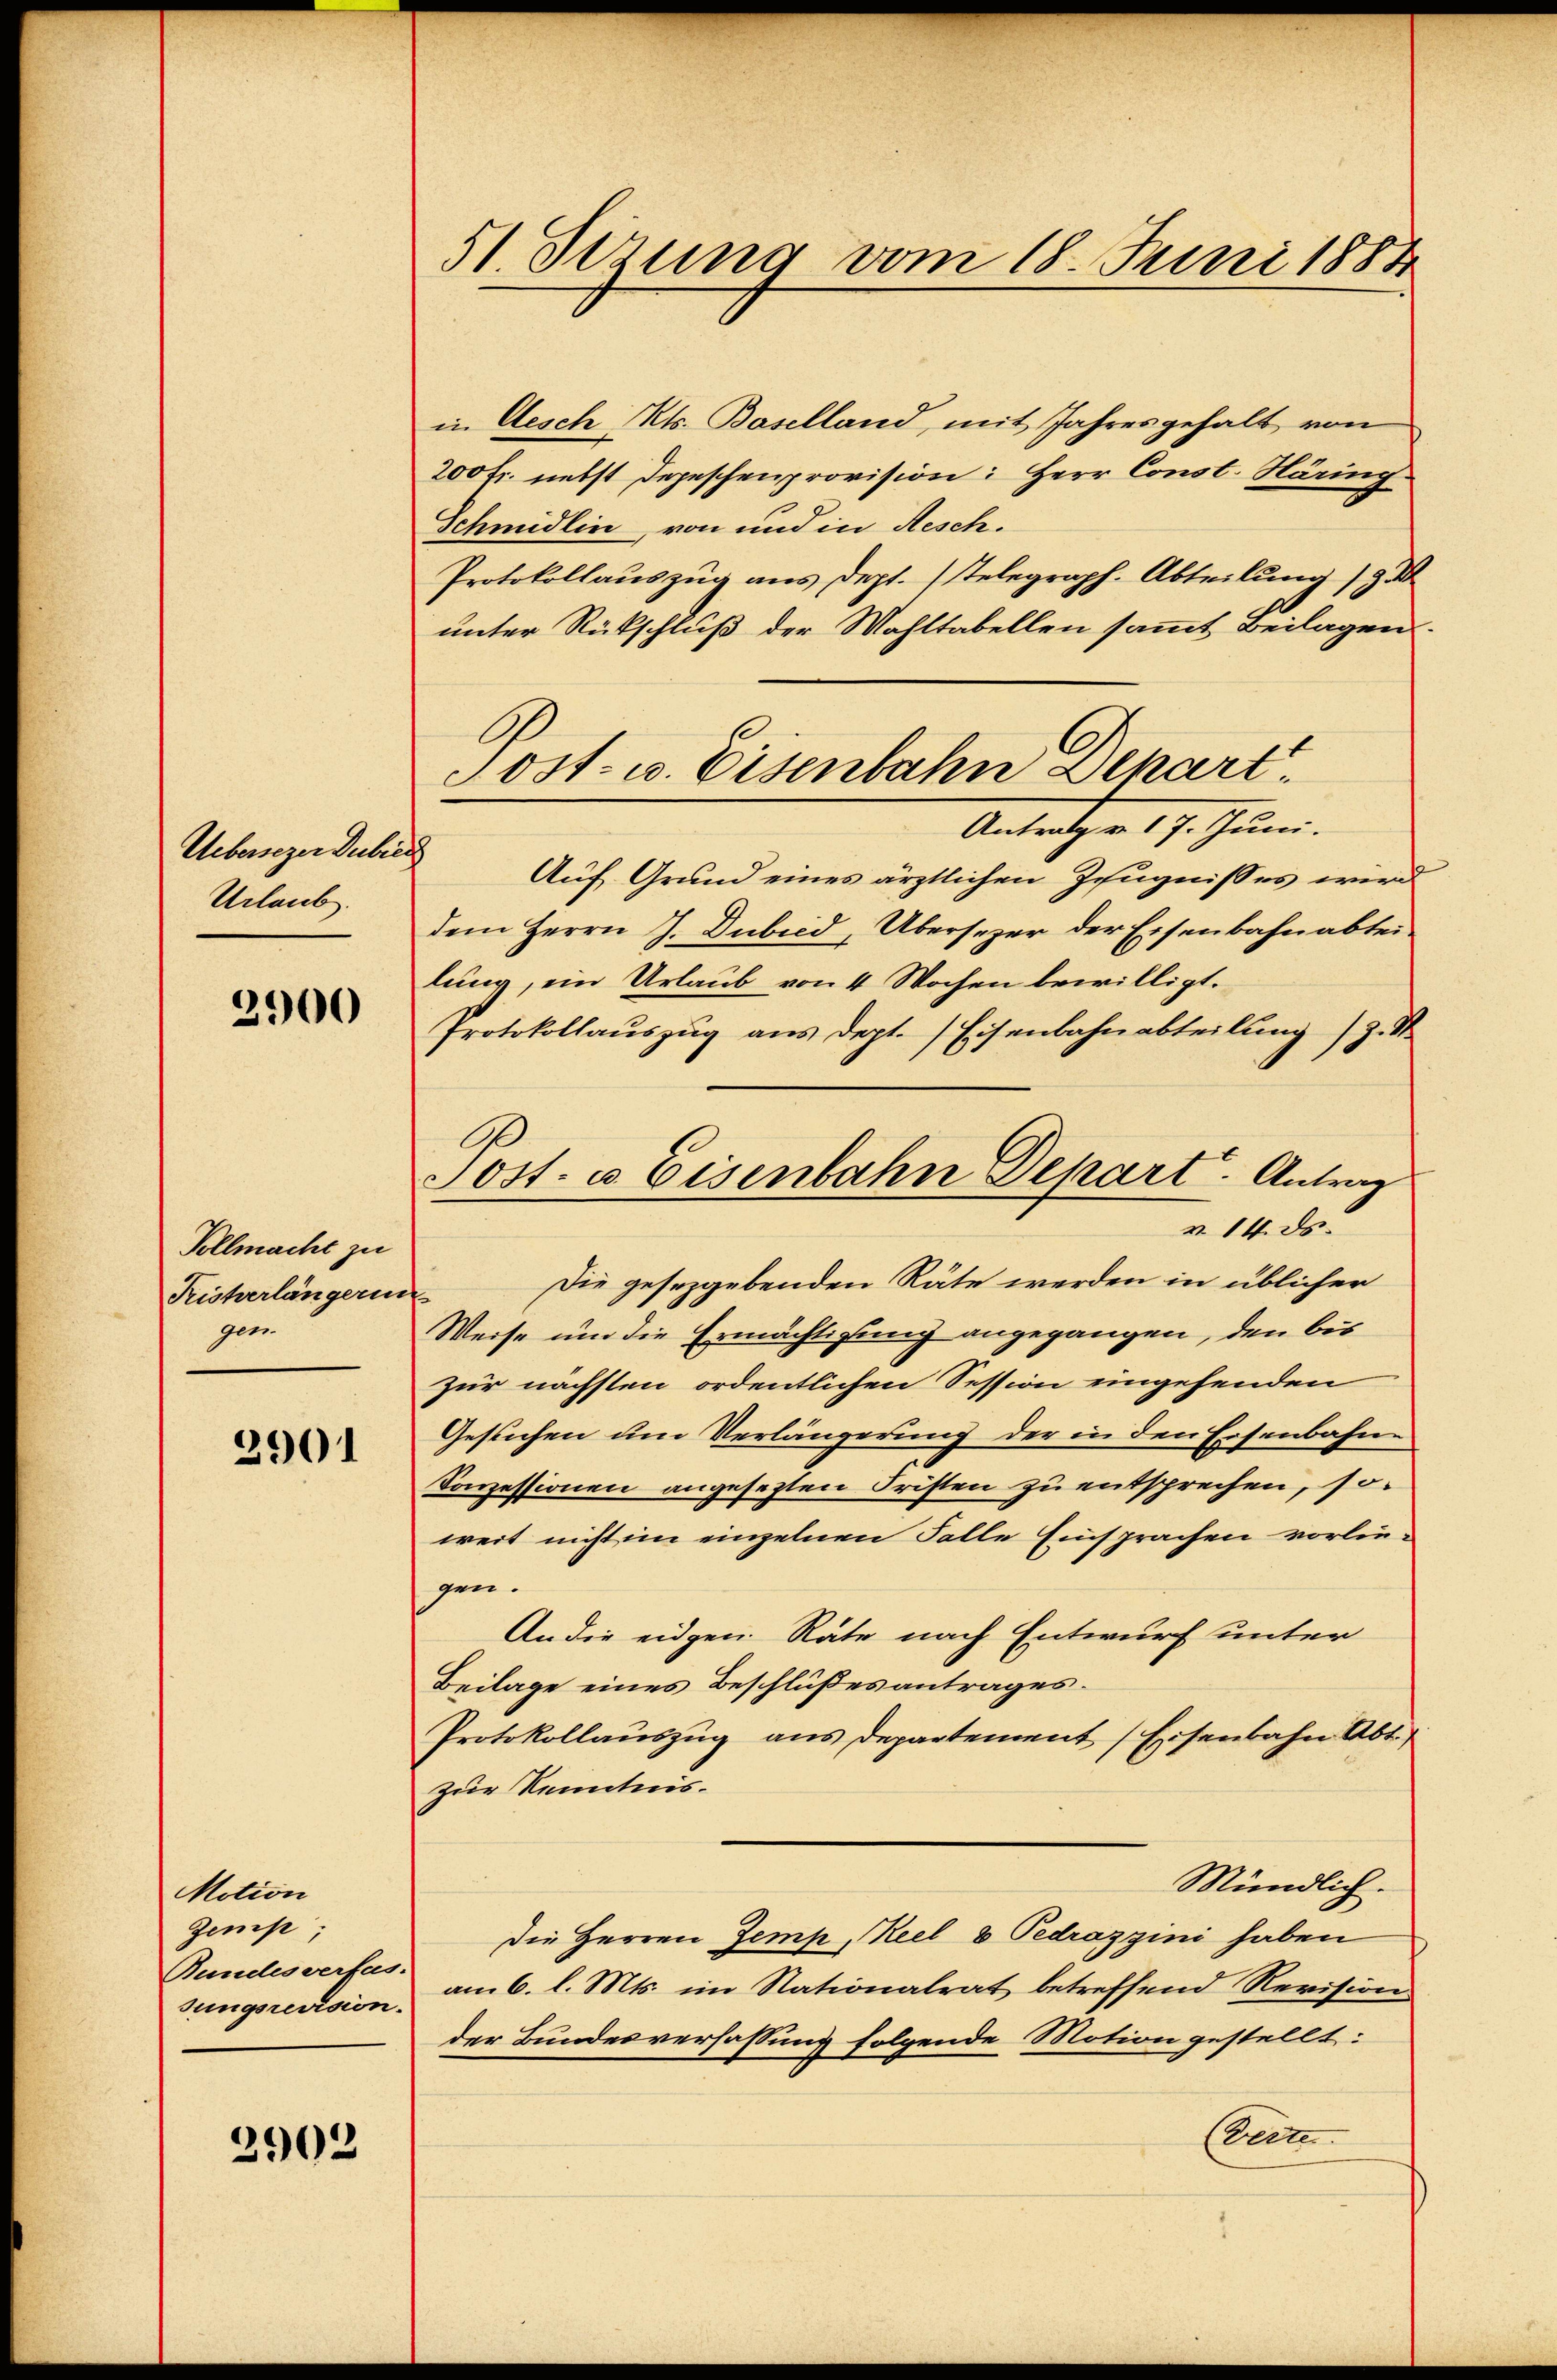
Uebersezen Dubic
Urlaub.

2900

Vollmacht zu
Ristverlängerun
gen.

2901

Motion
Zene;
Bundesverfas-
sungsrevision.

2902

51. Sizung vom 18. Juni 1884

in Aesch Mts. Baselland, mit Jahresgehalt von
200 Fr. nebst Depeschenprovision: Herr Const. Häring
Schmidlin, von und in Aesch.
Protokollauszug aus dept. (Telegraph. Abteilung 19 d
unter Rückschluß der Wahltabellen sammt Beilagen.
Antrag v. 17. Juni.
Auf Grund eines ärztlichen Zeugnisses wird
dem Herrn J. Dubied, Übersezer der Eisenbahnabtei-
lung, ein Urlaub von 4 Wochen bewilligt.
Protokollauszug aus dept. Eisenbahnabteilung). I
Die gesezgebenden Räte werden in üblicher
Weise um die Ermächtigung angegangen, den bis
zur nächsten ordentlichen Session eingehenden
Gesuchen um Verlängerung der in den Eisenbahne
Sonzessionen angesezten Fristen zu entsprechen, so
weit nicht im einzelnen Falle Einsprachen vorliegen.
An die eidgen. Räte nach Entwurf unter
Beilage eines Beschlußes antrages.
Protokollauszug aus Departement Eisenbahn Abt.
zur Kenntnis.
Mündlich.
Die Herren Zemp, Keel 8 Pedrazzini haben
am 6. l. Mts. im Nationalrat betreffend Revision.
der Bundesverfassung folgende Motion gestellt:
(verte

Post- u. Eisenbahn Depart

9
Sost. a Eisenbahn Depart. Antrag
v. 14. ds.